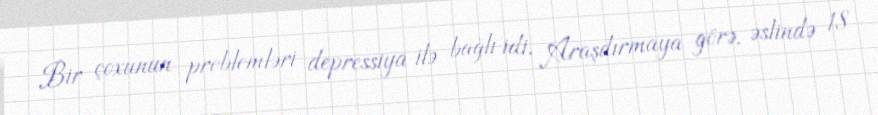
Bir çoxunun problemləri depressiya ilə bağlı idi. Araşdırmaya görə, əslində 18